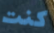
كنت